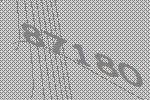
87180